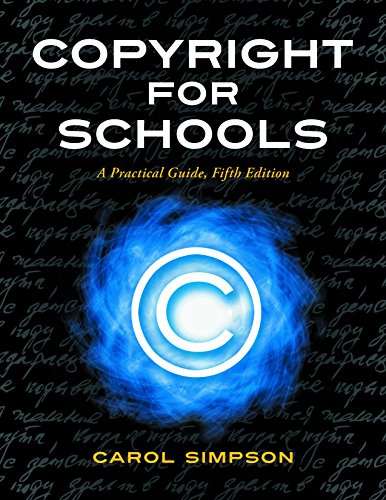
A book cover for Copyright for Schools: A Practical Guide, 5th Edition (Copyright Series); Carol Ann Simpson; Law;